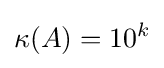
\kappa (A)=10^{k}